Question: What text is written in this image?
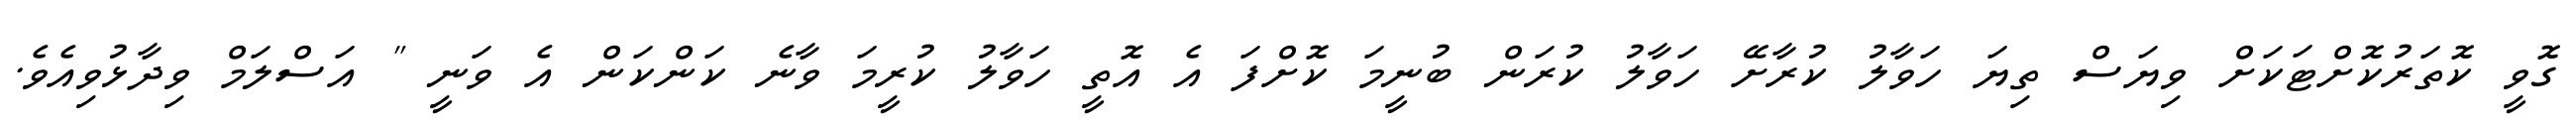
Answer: ގޮވީ ކޮތަރުކޮށްޓަކަށް ވިޔަސް ތިޔަ ހަވާލު ކުރާށޭ ހަވާލު ކުރަން ބުނީމަ ކޮށްފަ އެ އޮތީ ހަވާލު ކުރީމަ ވާނެ ކަންކަން އެ ވަނީ " އަސްލަމް ވިދާޅުވިއެވެ.